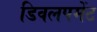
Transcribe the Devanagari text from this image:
डिवलपमेंट